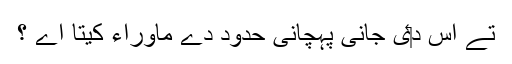
تے اس د‏ی جانی پہچانی حدود دے ماوراء کیتا اے ؟